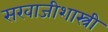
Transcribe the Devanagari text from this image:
सखाजीशास्त्री